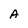
Character: A